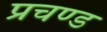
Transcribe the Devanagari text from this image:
प्रचण्‍ड